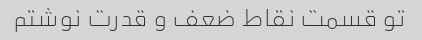
تو قسمت نقاط ضعف و قدرت نوشتم